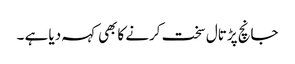
جانچ پڑتال سخت کرنے کابھی کہہ دیا ہے ۔